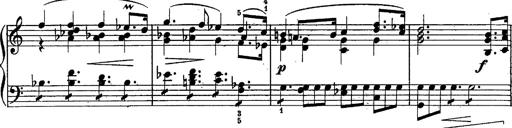
Title: Schubert's Impromptus [revised and edited by Franz Liszt]
Composer: Franz Liszt